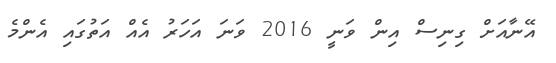
އޭނާއަށް ގިނިސް އިން ވަނީ 2016 ވަނަ އަހަރު އެއް އަތުގައި އެންމެ